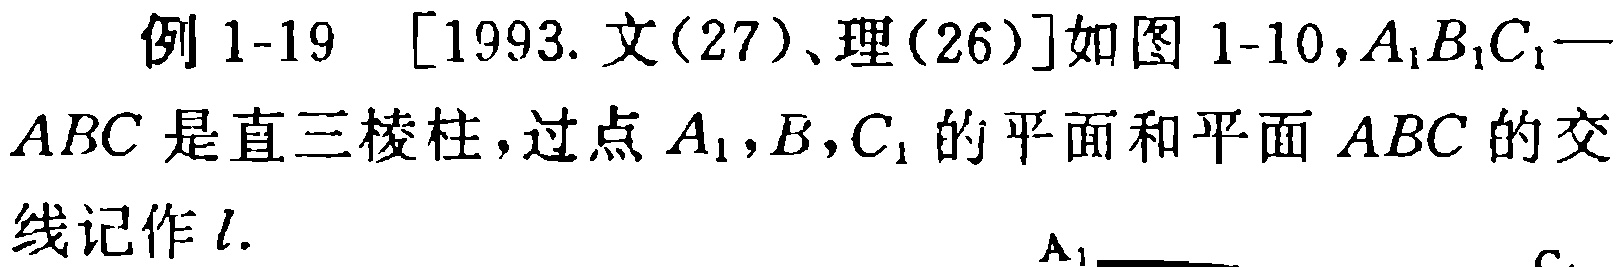
例 1-19 [1993. 文(27)、理(26)]如图 1-10,$A_{1}B_{1}C_{1}-ABC$是直三棱柱，过点$A_{1},B,C_{1}$的平面和平面$ABC$的交线记作$l.$